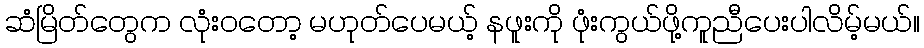
ဆံမြိတ်တွေက လုံးဝတော့ မဟုတ်ပေမယ့် နဖူးကို ဖုံးကွယ်ဖို့ကူညီပေးပါလိမ့်မယ်။